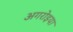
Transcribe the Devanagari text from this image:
अगरोइया